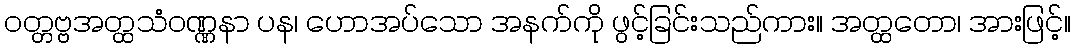
ဝတ္တဗ္ဗအတ္ထသံဝဏ္ဏနာ ပန၊ ဟောအပ်သော အနက်ကို ဖွင့်ခြင်းသည်ကား။ အတ္ထတော၊ အားဖြင့်။